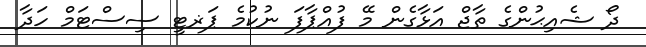
ދޯ ޝެއިޙުންގެ ތާޖް އަޅާގެން މޭ ފުއްޕާފަ ނުކުމެ ޕަޜޓީ ސިސްޓަމް ހަދާ